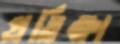
প্রতিক্ষা